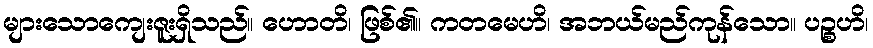
များသောကျေးဇူးရှိသည်။ ဟောတိ၊ ဖြစ်၏။ ကတမေဟိ၊ အဘယ်မည်ကုန်သော။ ပဉ္စဟိ၊